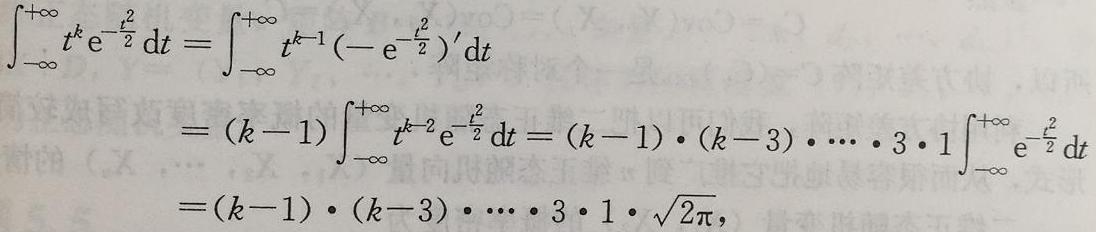
\[
\begin{align*}
\int_{-\infty}^{+\infty} t^{k} \mathrm{e}^{-\frac{t^{2}}{2}} \mathrm{d}t&=\int_{-\infty}^{+\infty} t^{k - 1}(-\mathrm{e}^{-\frac{t^{2}}{2}})'\mathrm{d}t\\
&=(k - 1)\int_{-\infty}^{+\infty} t^{k - 2} \mathrm{e}^{-\frac{t^{2}}{2}} \mathrm{d}t=(k - 1)\cdot(k - 3)\cdot\cdots\cdot3\cdot1\int_{-\infty}^{+\infty} \mathrm{e}^{-\frac{t^{2}}{2}} \mathrm{d}t\\
&=(k - 1)\cdot(k - 3)\cdot\cdots\cdot3\cdot1\cdot\sqrt{2\pi},
\end{align*}
\]